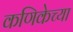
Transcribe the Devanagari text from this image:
कणिकेच्या